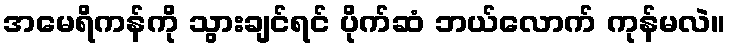
အမေရိကန်ကို သွားချင်ရင် ပိုက်ဆံ ဘယ်လောက် ကုန်မလဲ။